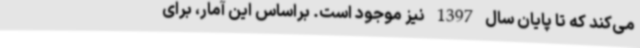
می‌کند که تا پایان سال 1397 نیز موجود است. براساس این آمار، برای